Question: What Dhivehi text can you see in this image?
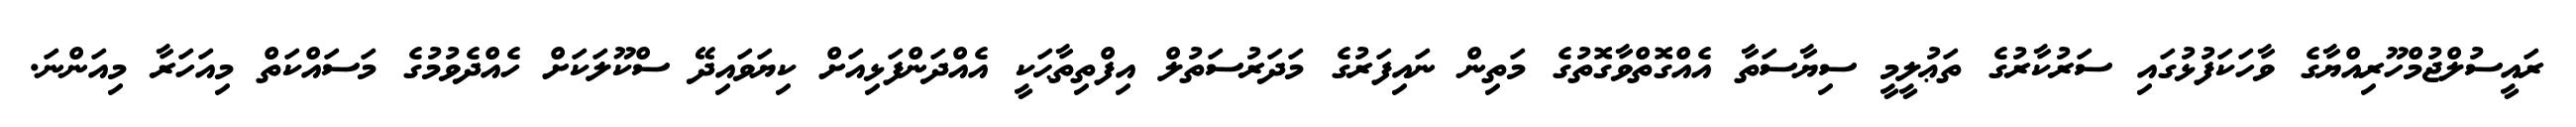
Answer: ރައީސުލްޖުމްހޫރިއްޔާގެ ވާހަކަފުޅުގައި ސަރުކާރުގެ ތަޢުލީމީ ސިޔާސަތާ އެއްގޮތްވާގޮތުގެ މަތިން ނައިފަރުގެ މަދަރުސަތުލް އިފްތިތާޙަކީ އެއްދަންފަޅިއަށް ކިޔަވައިދޭ ސްކޫލަކަށް ހެއްދެވުމުގެ މަސައްކަތް މިއަހަރާ މިއަންނަ.